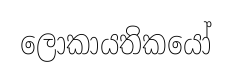
ලොකායතිකයෝ